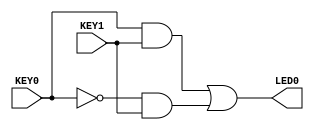
module comb_logic(
	KEY0,
	KEY1,
	LED0
);


input wire	KEY0;
input wire	KEY1;
output wire	LED0;

wire	SYNTHESIZED_WIRE_0;
wire	SYNTHESIZED_WIRE_1;
wire	SYNTHESIZED_WIRE_2;




assign	SYNTHESIZED_WIRE_2 = SYNTHESIZED_WIRE_0 & KEY1;

assign	SYNTHESIZED_WIRE_1 = KEY0 & KEY1;

assign	SYNTHESIZED_WIRE_0 =  ~KEY0;

assign	LED0 = SYNTHESIZED_WIRE_1 | SYNTHESIZED_WIRE_2;


endmodule